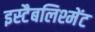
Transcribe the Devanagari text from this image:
इस्टैबलिश्मेंट